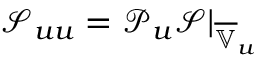
\mathcal { S } _ { u u } = \mathcal { P } _ { u } \mathcal { S } | _ { \overline { { \mathbb { V } } } _ { u } }